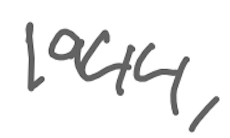
Text: 1944,
Cross-out: clean
Writing tool: digital_gray